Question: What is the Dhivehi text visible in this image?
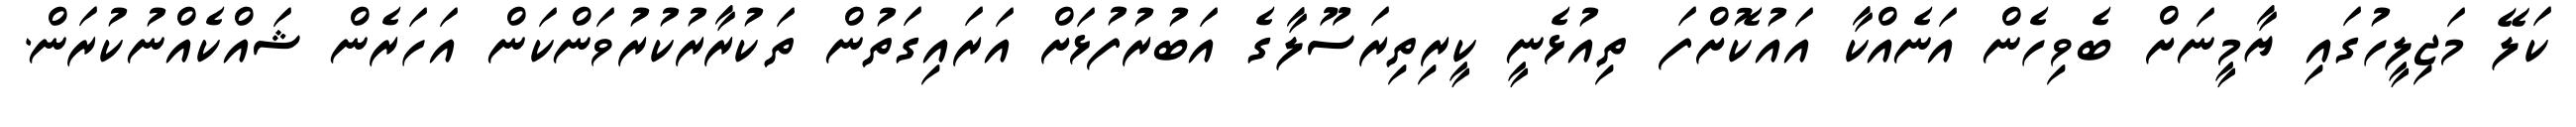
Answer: ކަލޭ މަޖިލީހުގައި ޔާމީނަށް ބެވިހެން އަނެއްކާ އައުކޮށްފަ ތިއުޅެނީ ކީރިތިރަސޫލާގެ އަބުރުފުޅަށް އަރައިގަތުން ތަކުރާރުކުރުވަންކަން އަހަރެން ޝައްކެއްނުކުރަން.